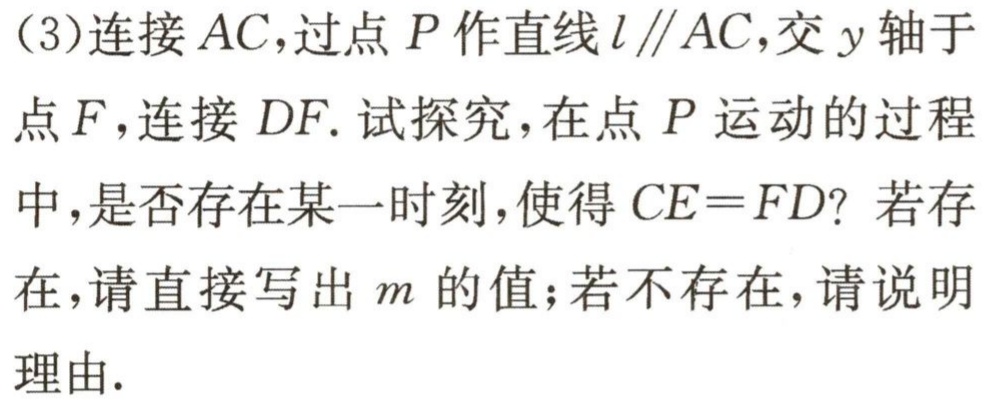
(3)连接 \(AC\)，过点 \(P\) 作直线 \(l\parallel AC\)，交 \(y\) 轴于点 \(F\)，连接 \(DF\). 试探究，在点 \(P\) 运动的过程中，是否存在某一时刻，使得 \(CE = FD\)？若存在，请直接写出 \(m\) 的值；若不存在，请说明理由.